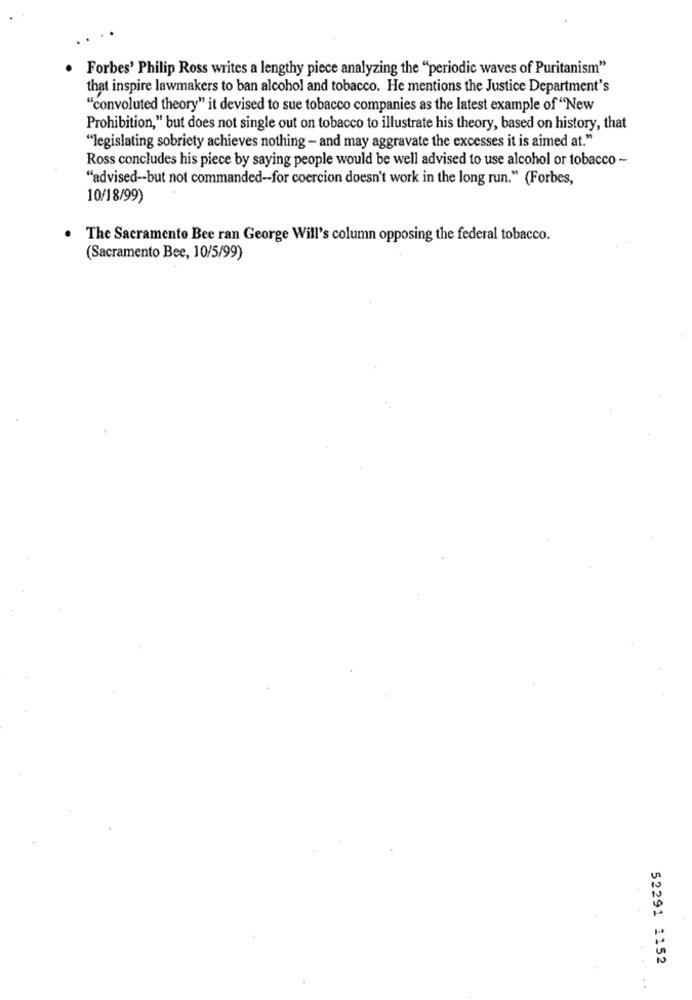
Forbes' Philip Ross writes a lengthy piece analyzing the "periodic waves of Puritanism"
that inspire lawmakers to ban alcohol and tobacco. He mentions the Justice Department's
"convoluted theory" it devised to sue tobacco companies as the latest example of "New
Prohibition," but does not single out on tobacco to illustrate his theory, based on history, that
"legislating sobriety achieves nothing - and may aggravate the excesses it is aimed at."
Ross concludes his piece by saying people would be well advised to use alcohol or tobacco -
"advised -- but not commanded -- for coercion doesn't work in the long run." (Forbes,
10/18/99)
The Sacramento Bee ran George Will's column opposing the federal tobacco.
(Sacramento Bee, 10/5/99)
52291 1152
..